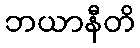
ဘယာနီတိ